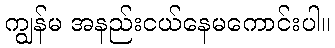
ကျွန်မ အနည်းငယ်နေမကောင်းပါ။